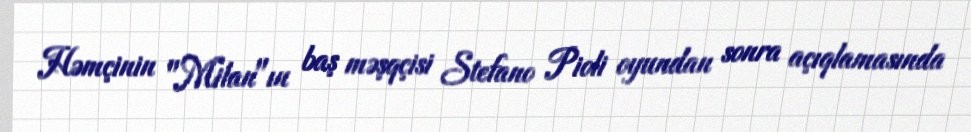
Həmçinin "Milan"ın baş məşqçisi Stefano Pioli oyundan sonra açıqlamasında